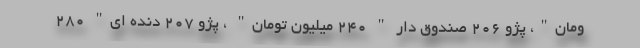
ومان"، پژو 206 صندوق دار " 240 میلیون تومان" ، پژو 207 دنده ای" 280